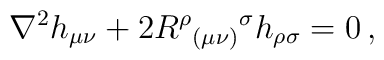
\nabla^{2}h_{\mu\nu} +2R^{\rho}{}_{(\mu\nu)}{}^{\sigma}h_{\rho\sigma}=0\, ,